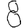
Digit: 8